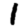
Digit: 1